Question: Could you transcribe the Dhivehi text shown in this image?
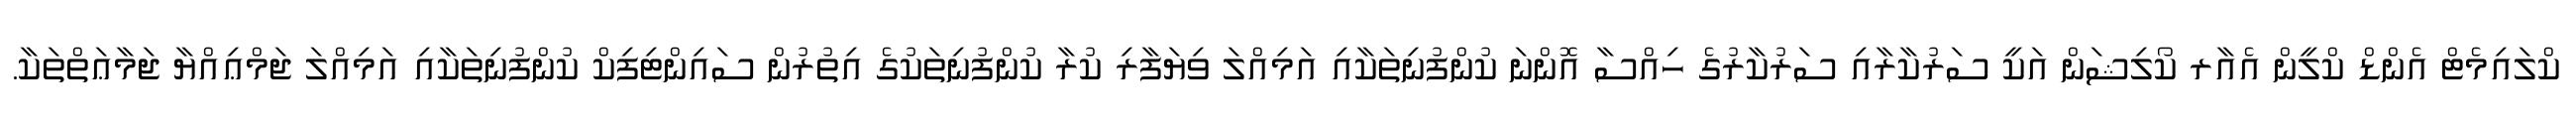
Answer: ކްލައިމެޓް އެންޑް ކްލީން އެއާރ ކޯލިޝަން އަކީ ސަރުކާރާއި ސަރުކާރުގެ ހިއްސާ އޮންނަ ކުންފުނިތަކާއި އަމިއްލަ ވިޔަފާރި ކުރާ ކުންފުނިތަކުގެ އިތުރުން ސައިންޓިފިކް ކުންފުނިތަކާއި އަމިއްލަ ޖަމްޢިއްޔާ ޖަމާޢަތްތަކާ.